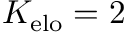
K _ { \mathrm { e l o } } = 2